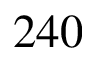
2 4 0